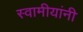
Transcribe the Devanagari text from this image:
स्वामीयांनी